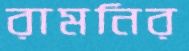
রামনির